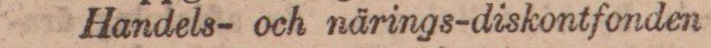
Handels- och närings-diskontfonden